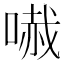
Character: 𠻏